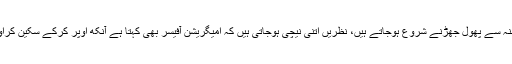
منہ سے پھول جھڑنے شروع ہوجاتے ہیں، نظریں اتنی نیچی ہوجاتی ہیں کہ امیگریشن آفیسر بھی کہتا ہے آنکھ اوپر کرکے سکین کراو۔